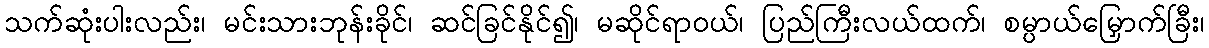
သက်ဆုံးပါးလည်း၊ မင်းသားဘုန်းခိုင်၊ ဆင်ခြင်နိုင်၍၊ မဆိုင်ရာဝယ်၊ ပြည်ကြီးလယ်ထက်၊ စမ္ပာယ်မြှောက်ခြီး၊